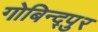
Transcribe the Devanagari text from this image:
गोबिन्द्पुर